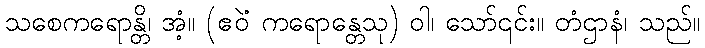
သစေကရောန္တိ၊ အံ့။ (ဧဝဲံ ကရောန္တေသု) ဝါ၊ သော်၎င်း။ တံဌာနံ၊ သည်။